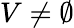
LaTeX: V\neq\emptyset